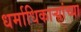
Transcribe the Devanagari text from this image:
धर्माधिकाऱ्यांच्या